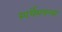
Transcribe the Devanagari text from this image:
स्पर्धेमधल्या